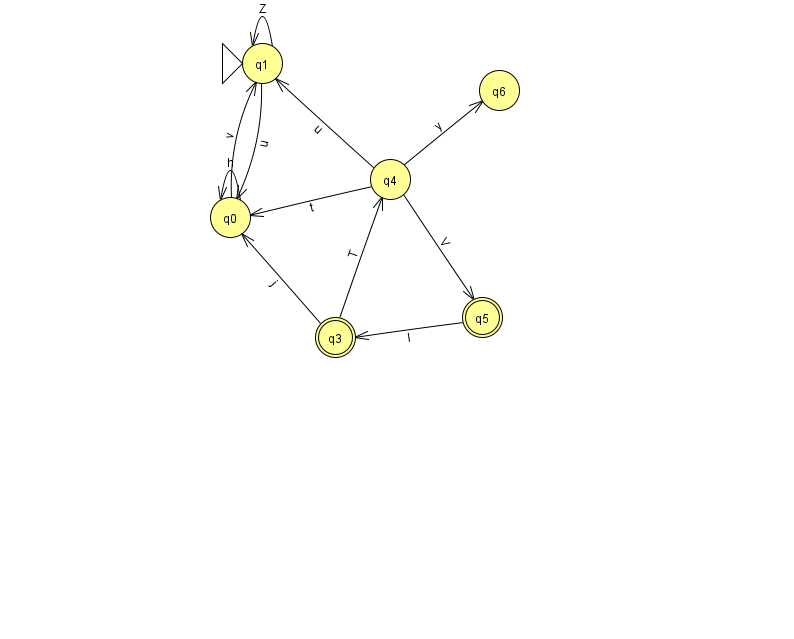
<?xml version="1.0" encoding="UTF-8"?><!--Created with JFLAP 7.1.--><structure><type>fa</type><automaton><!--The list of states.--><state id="0" name="q0"><x>230.0</x><y>204.0</y></state><state id="1" name="q1"><x>262.0</x><y>50.0</y><initial/></state><state id="3" name="q3"><x>335.0</x><y>324.0</y><final/></state><state id="4" name="q4"><x>390.0</x><y>166.0</y></state><state id="5" name="q5"><x>482.0</x><y>304.0</y><final/></state><state id="6" name="q6"><x>499.0</x><y>77.0</y></state><!--The list of transitions.--><transition><from>4</from><to>5</to><read>V</read></transition><transition><from>4</from><to>1</to><read>u</read></transition><transition><from>4</from><to>6</to><read>y</read></transition><transition><from>5</from><to>3</to><read>I</read></transition><transition><from>0</from><to>0</to><read>h</read></transition><transition><from>4</from><to>0</to><read>t</read></transition><transition><from>1</from><to>1</to><read>Z</read></transition><transition><from>1</from><to>0</to><read>u</read></transition><transition><from>3</from><to>0</to><read>j</read></transition><transition><from>3</from><to>4</to><read>T</read></transition><transition><from>0</from><to>1</to><read>v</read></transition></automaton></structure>